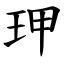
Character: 玾